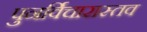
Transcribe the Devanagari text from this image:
पुनर्विचारास्तव